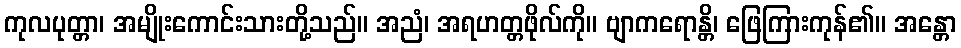
ကုလပုတ္တာ၊ အမျိုးကောင်းသားတို့သည်။ အညံ၊ အရဟတ္တဖိုလ်ကို။ ဗျာကရောန္တိ၊ ဖြေကြားကုန်၏။ အန္တော